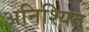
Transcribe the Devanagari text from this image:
अनिश्यित